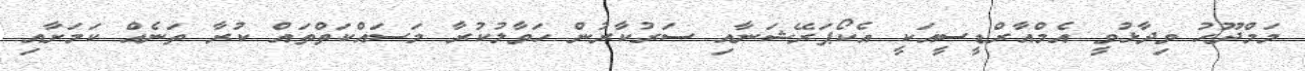
މަމްދޫހު ވިދާޅުވީ އެމްއާރްޑީސީއަކީ އެކޯޕަރޭޝަނާއި ސަރުކާރުން ހަވާލުކުރާ މަަސައްކަތްތައް ކުރާ ތަނެއް ކަމަށާއި